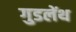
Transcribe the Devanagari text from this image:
गुडलेंथ